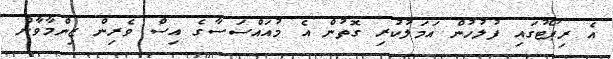
އެ ރިޕޯޓުގައި ފުލުހުން އަމަލުކުރި ގޮތުން އެ މުއައްސަސާގެ އިސް ވެރިން ޒިންމާވާން